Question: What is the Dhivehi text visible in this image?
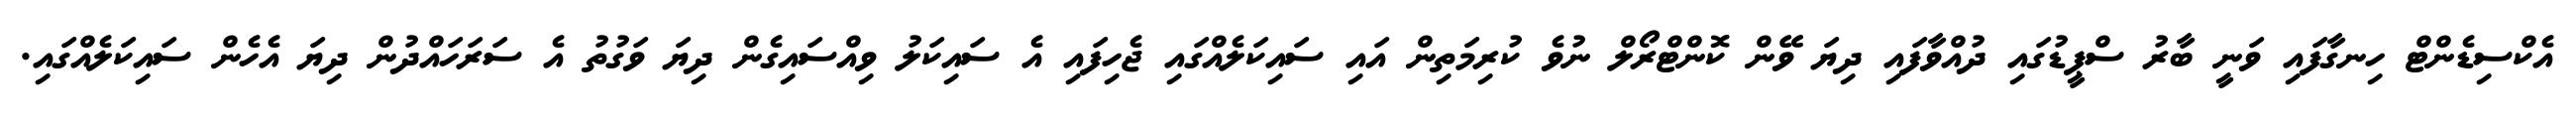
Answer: އެކްސިޑެންޓް ހިނގާފައި ވަނީ ބާރު ސްޕީޑުގައި ދުއްވާފައި ދިޔަ ވޭން ކޮންޓްރޯލް ނުވެ ކުރިމަތިން އައި ސައިކަލެއްގައި ޖެހިފައި އެ ސައިކަލު ވިއްސައިގެން ދިޔަ ވަގުތު އެ ސަރަހައްދުން ދިޔަ އެހެން ސައިކަލެއްގައި.